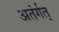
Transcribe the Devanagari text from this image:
अतंर्गत्